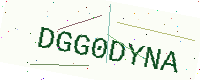
Text: DGG0DYNA